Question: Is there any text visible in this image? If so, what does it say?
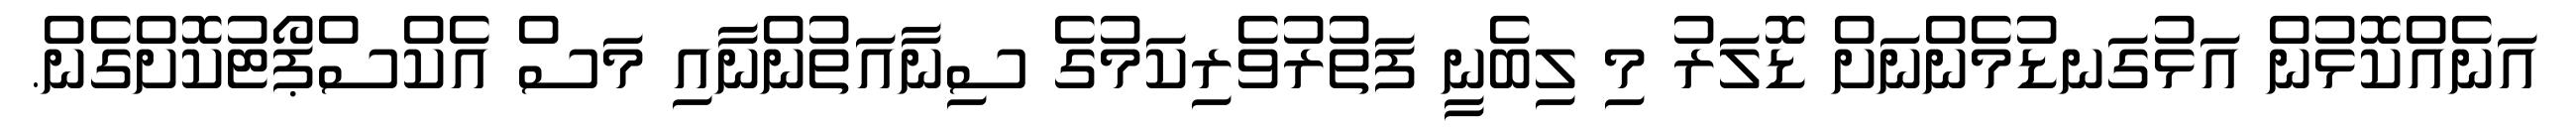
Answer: އަނެއްކޮޅުން އަޅުގަނޑުމެންނަށް ޑޮލަރު މި ލިބެނީ ފަތުރުވެރިކަމުގެ ސިނާއަތުންނާއި މަސް އެކްސްޕޯޓުކޮށްގެން.